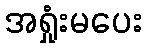
အရှုံးမပေး